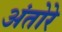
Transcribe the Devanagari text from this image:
अंतोरे